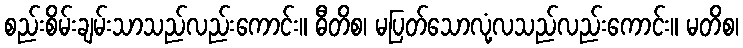
စည်းစိမ်းချမ်းသာသည်လည်းကောင်း။ ဓီတိစ၊ မပြတ်သောလုံ့လသည်လည်းကောင်း။ မတိစ၊